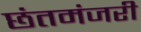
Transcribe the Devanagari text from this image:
छंतमंजरी